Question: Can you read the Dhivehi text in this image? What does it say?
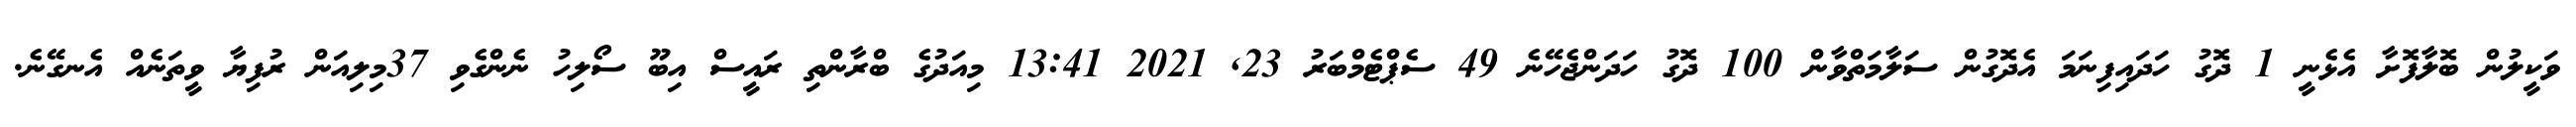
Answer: ވަކީލުން ބޮލާފޮށާ އެޅެނީ 1 ދޮގު ހަދައިފިނަމަ އެދޮގުން ސަލާމަތްވާން 100 ދޮގު ހަދަންޖެހޭނެ 49 ސެޕްޓެމްބަރު 23, 2021 13:41 މިއަދުގެ ބްރާންތި ރައީސް އިބޫ ސޯލިހު ނެންގެވި 37މިލިއަން ރުފިޔާ ވީތަނެއް އެނގޭނެ.